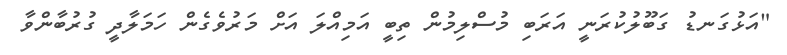
"އަޅުގަނޑު ގަބޫލުކުރަނީ އަރަބި މުސްލިމުން ތިބީ އަމިއްލަ އަށް މަރުވެގެން ހަމަލާދީ ގުރުބާންވާ